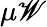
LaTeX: \mu\mathscr{W}